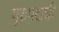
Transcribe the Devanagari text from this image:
गुरुपदाची